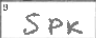
Transcription: SPK